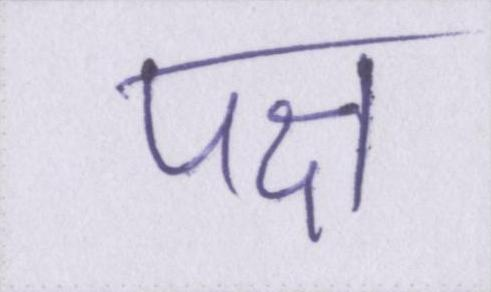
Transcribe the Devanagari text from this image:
पक्ष